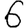
Digit: 6